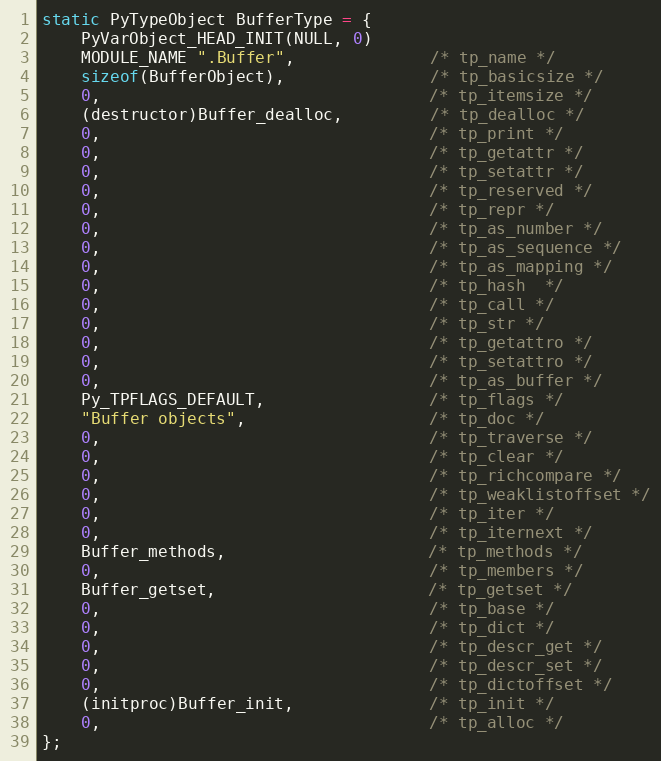
Language: C
static PyTypeObject BufferType = {
    PyVarObject_HEAD_INIT(NULL, 0)
    MODULE_NAME ".Buffer",              /* tp_name */
    sizeof(BufferObject),               /* tp_basicsize */
    0,                                  /* tp_itemsize */
    (destructor)Buffer_dealloc,         /* tp_dealloc */
    0,                                  /* tp_print */
    0,                                  /* tp_getattr */
    0,                                  /* tp_setattr */
    0,                                  /* tp_reserved */
    0,                                  /* tp_repr */
    0,                                  /* tp_as_number */
    0,                                  /* tp_as_sequence */
    0,                                  /* tp_as_mapping */
    0,                                  /* tp_hash  */
    0,                                  /* tp_call */
    0,                                  /* tp_str */
    0,                                  /* tp_getattro */
    0,                                  /* tp_setattro */
    0,                                  /* tp_as_buffer */
    Py_TPFLAGS_DEFAULT,                 /* tp_flags */
    "Buffer objects",                   /* tp_doc */
    0,                                  /* tp_traverse */
    0,                                  /* tp_clear */
    0,                                  /* tp_richcompare */
    0,                                  /* tp_weaklistoffset */
    0,                                  /* tp_iter */
    0,                                  /* tp_iternext */
    Buffer_methods,                     /* tp_methods */
    0,                                  /* tp_members */
    Buffer_getset,                      /* tp_getset */
    0,                                  /* tp_base */
    0,                                  /* tp_dict */
    0,                                  /* tp_descr_get */
    0,                                  /* tp_descr_set */
    0,                                  /* tp_dictoffset */
    (initproc)Buffer_init,              /* tp_init */
    0,                                  /* tp_alloc */
};